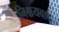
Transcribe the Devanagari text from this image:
निश्चयवाद